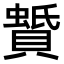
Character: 𧷑